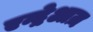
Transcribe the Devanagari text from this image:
एन्द्रेआज़